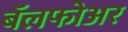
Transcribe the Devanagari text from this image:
बॅलफोअर